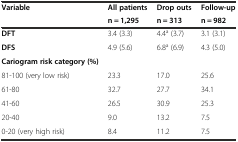
<table><thead><tr><td><b>Variable</b></td><td><b>All patients</b></td><td><b>Drop outs</b></td><td><b>Follow-up</b></td></tr><tr><td></td><td><b>n = 1,295</b></td><td><b>n = 313</b></td><td><b>n = 982</b></td></tr></thead><tbody><tr><td><b>DFT</b></td><td>3.4 (3.3)</td><td>4.4<sup>a</sup> (3.7)</td><td>3.1 (3.1)</td></tr><tr><td><b>DFS</b></td><td>4.9 (5.6)</td><td>6.8<sup>a</sup> (6.9)</td><td>4.3 (5.0)</td></tr><tr><td><b>Cariogram risk category (%)</b></td><td></td><td></td><td></td></tr><tr><td>81-100 (very low risk)</td><td>23.3</td><td>17.0</td><td>25.6</td></tr><tr><td>61-80</td><td>32.7</td><td>27.7</td><td>34.1</td></tr><tr><td>41-60</td><td>26.5</td><td>30.9</td><td>25.3</td></tr><tr><td>20-40</td><td>9.0</td><td>13.2</td><td>7.5</td></tr><tr><td>0-20 (very high risk)</td><td>8.4</td><td>11.2</td><td>7.5</td></tr></tbody></table>